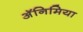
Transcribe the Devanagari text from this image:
अॅनिमिया